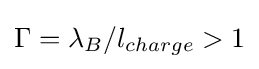
\Gamma =\lambda _{B}/l_{charge}>1